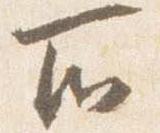
所